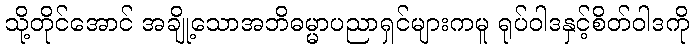
သို့တိုင်အောင် အချို့သောအဘိဓမ္မာပညာရှင်များကမူ ရုပ်ဝါဒနှင့်စိတ်ဝါဒကို